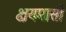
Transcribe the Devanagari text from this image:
क्षयमासों